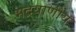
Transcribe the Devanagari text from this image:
भद्रयाणीय